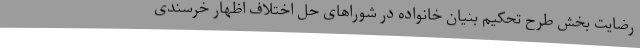
رضایت بخش طرح تحکیم بنیان خانواده در شوراهای حل اختلاف اظهار خرسندی